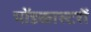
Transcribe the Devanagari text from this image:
पॉडकास्टरों